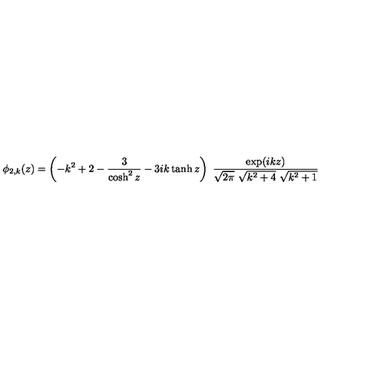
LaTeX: \phi _ { 2 , k } ( z ) = \left( - k ^ { 2 } + 2 - { \frac { 3 } { \cosh ^ { 2 } z } } - 3 i k \tanh z \right) \ { \frac { \exp ( i k z ) } { \sqrt { 2 \pi } \ \sqrt { k ^ { 2 } + 4 } \ \sqrt { k ^ { 2 } + 1 } } }